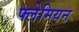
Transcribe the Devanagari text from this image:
फ्लेमियन